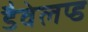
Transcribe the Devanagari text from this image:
डैवेलप्ड